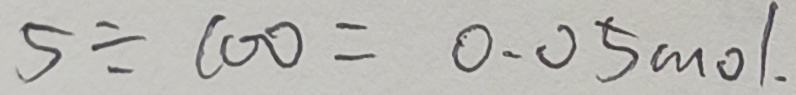
5 \div 1 0 0 = 0 . 0 5 m o l .